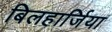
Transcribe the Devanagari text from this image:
बिलहार्जिया